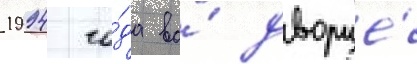
1994 го́да во́ дворце́